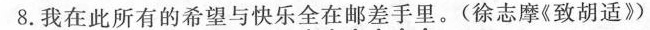
8.我在此所有的希望与快乐全在邮差手里。(徐志摩《致胡适》